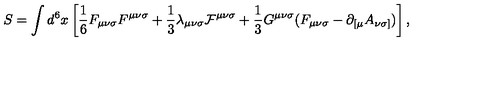
S = \int d ^ { 6 } x \left[ { \frac 1 6 } F _ { { \mu } { \nu } { \sigma } } F ^ { { \mu } { \nu } { \sigma } } + { \frac 1 3 } { \lambda } _ { { \mu } { \nu } { \sigma } } { \cal F } ^ { { \mu } { \nu } { \sigma } } + { \frac 1 3 } G ^ { { \mu } { \nu } { \sigma } } ( F _ { { \mu } { \nu } { \sigma } } - { \partial } _ { [ { \mu } } A _ { { \nu } { \sigma } ] } ) \right] ,